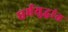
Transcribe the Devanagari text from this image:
धर्मयुद्धांत